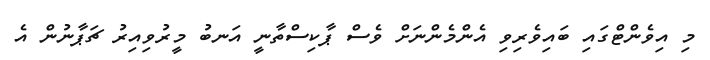
މި އިވެންޓްގައި ބައިވެރިވި އެންމެންނަށް ވެސް ޕާކިސްތާނީ އަނބު މީރުވިއިރު ޗަޕާނުން އެ